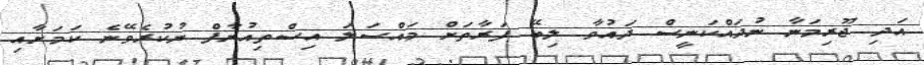
އަދި ޖޫރިމަނާ ނުދައްކަނީސް ދައުވާ ލިބޭ ފަރާތަށް މައްސަލަ އިސްތިއުނާފް ނުކުރެވޭނެ ކަމަށާއި